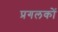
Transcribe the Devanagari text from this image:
प्रगलकों